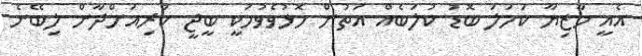
އެއީ މާޒިޔާ ކަހަލަ ބޮޑު ކުލަބެއް އަތުން މޮޅުވެވުމަކީ ބީޖީ ކުރިއަށްދާން ލިބޭނެ